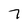
Character: 7